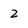
Character: 2